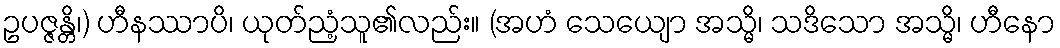
ဥပဇ္ဇန္တိ၊) ဟီနဿာပိ၊ ယုတ်ညံ့သူ၏လည်း။ (အဟံ သေယျော အသ္မိ၊ သဒိသော အသ္မိ၊ ဟီနော